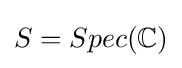
S=Spec(\mathbb {C} )